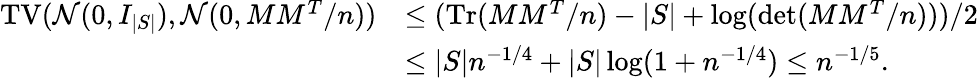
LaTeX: \begin{array}{rl}{\operatorname{TV}(\mathcal{N}(0,I_{|S|}),\mathcal{N}(0,MM^{T}/n))}&{\le(\operatorname{Tr}(MM^{T}/n)-|S|+\log(\operatorname*{det}(MM^{T}/n)))/2}\\ &{\le|S|n^{-1/4}+|S|\log(1+n^{-1/4})\le n^{-1/5}.}\end{array}